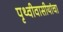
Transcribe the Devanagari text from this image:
पृथ्वीवासीयांचा